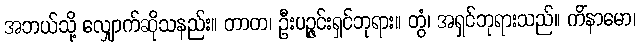
အဘယ်သို့ လျှောက်ဆိုသနည်း။ တာတ၊ ဦးပဉ္ဇင်းရှင်ဘုရား။ တွံ၊ အရှင်ဘုရားသည်။ ကိံနာမော၊